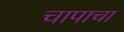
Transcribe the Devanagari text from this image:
चापाचा